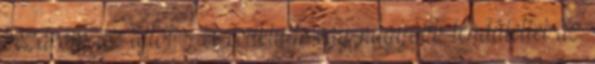
bezárom az ajtót. A csuklyás egy nagyobb lendülettel az